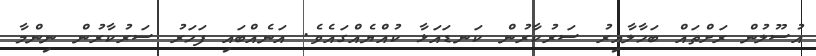
އުސޫލުން ރަށްތައް ބަހާލާއިރު ސަރުކާރުން ކަނޑައަޅާ ކުއްޔެއްގައެވެ. އަނެއްބައި ފަހަރު ސަރުކާރުން ނިންމާ